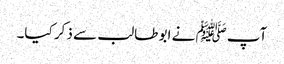
آپﷺ نے ابو طالب سے ذکر کیا۔